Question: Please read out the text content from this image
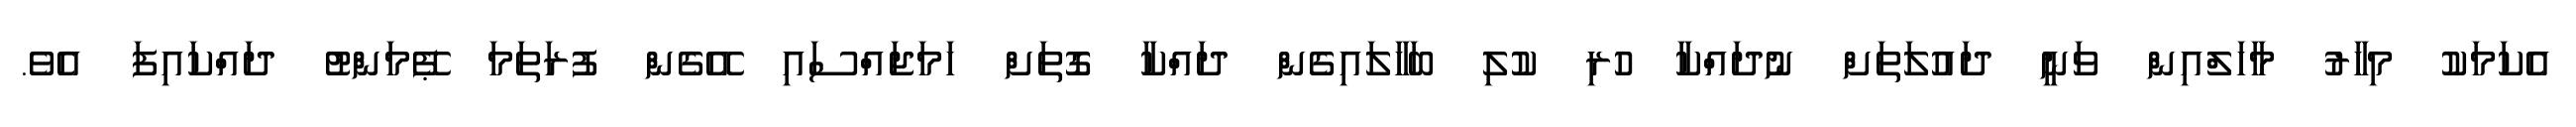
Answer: އެކަމަކު މިހާރު މާހަލްއިން ވަނީ ދައުލަތަށް ނުދައްކާ ހުރި ކުލި ބަހާލައިގެން ދައްކާ ގޮތަށް ހަމަޖައްސައި އޭގެން ފުރަތަމަ ޕޭމަންޓު ދައްކައިފަ އެވެ.